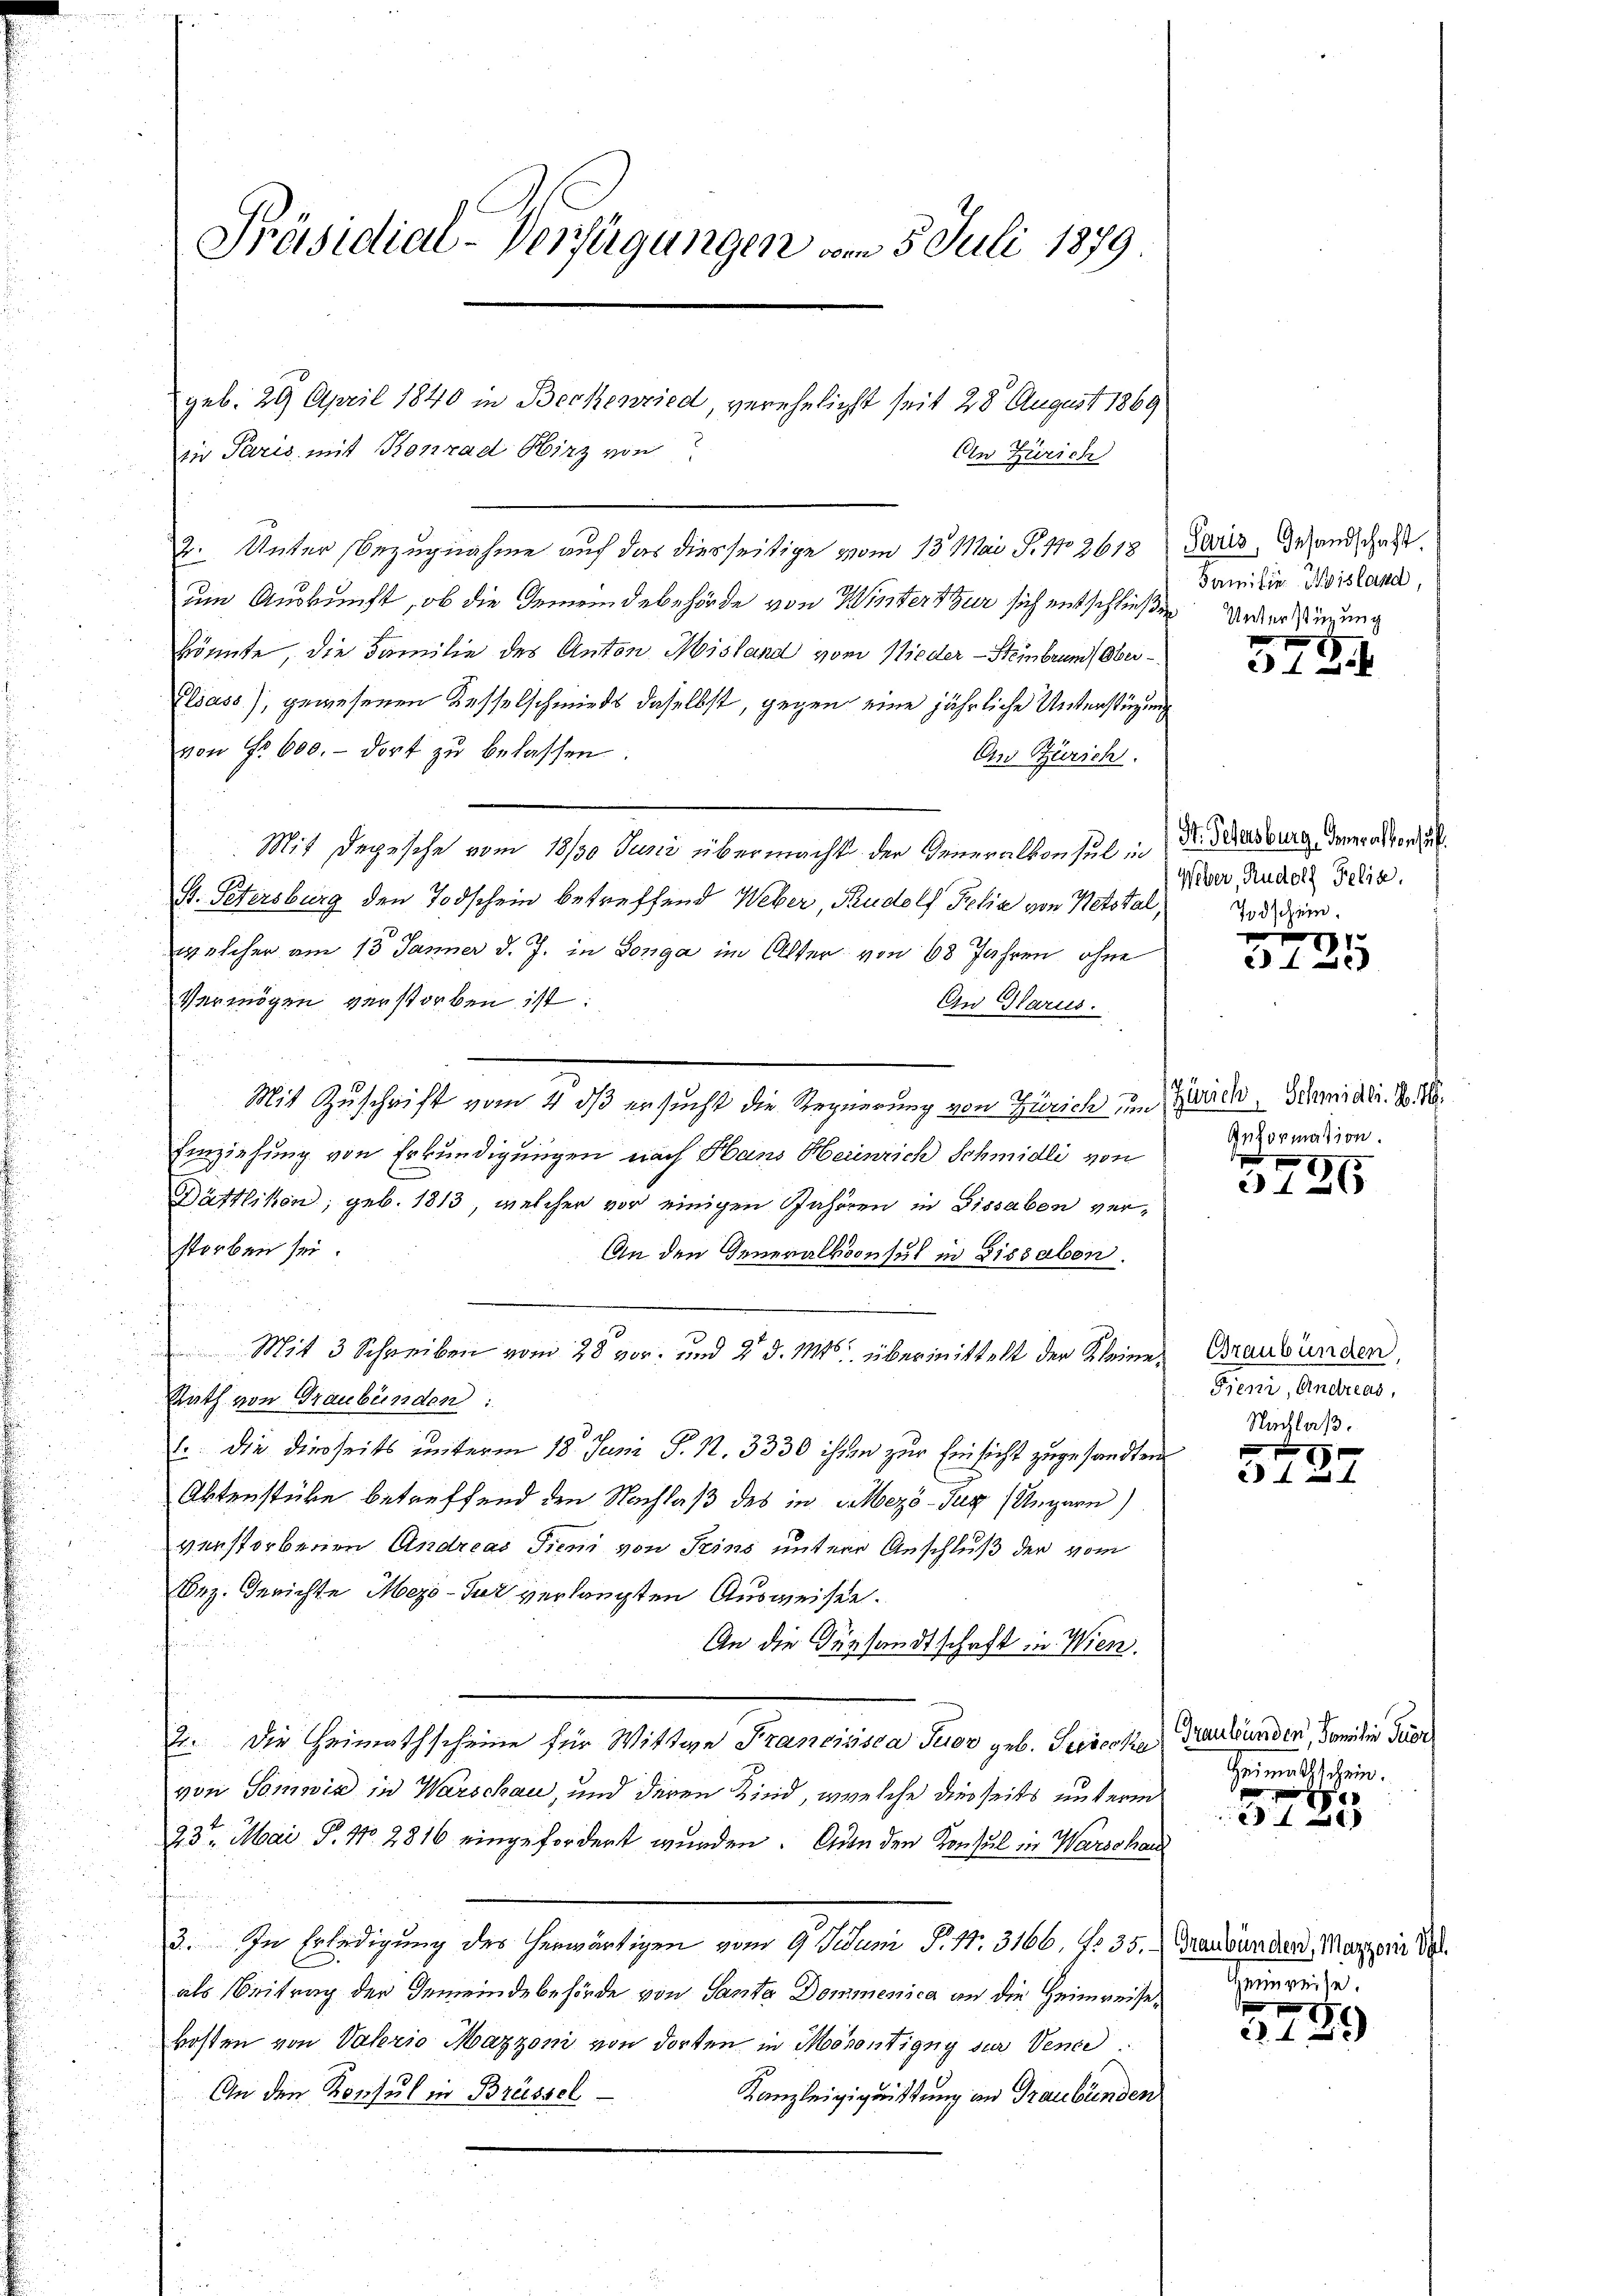
Präsidial-Verfügungen am 5. Juli 1879

An Zürich

geb. 29. April 1840 in Beckenried, verehelicht seit 28 August 1869
in Paris mit Konrad Wirz von
2. Unter Bezugnahme auf das diesseitige vom 13. Mai P. No 2618
um Auskunft, ob die Gemeindebehörde von Winterthur sich entschließen Anderung
könnte, die Familie des Anton Misland vom Nieder-Steinbrun Ober¬
Elsass), gewesenen Kesselschmieds daselbst, gegen eine jährliche Unterstüzung
von Fr. 600.- dort zŭ belassen.
On Zürich.
Mit Depesche vom 18/30 Juni übermacht der Generalkonsul in
St. Petersburg den Todschein betreffend Weber, Rudolf Felix von Netstal
welcher am 13 Jänner d. J. in Longa im Alter von 68 Jahren, ohne
Vermögen verstorben ist:
An Glarus.
Mit Zuschrift vom 4. ds ersucht die Regierung von Zürich in Zürich, Schmidli. S. 188
Einziehung von Erkundigungen nach Hans Heinrich Schmidli von
Bättlikon, geb. 1813, welcher vor einigen Anhören in Bissaben verstorben sei.
An den Generalkoonsul in Dissaben.
Mit 3 Schreiben vom 28 vor. und 2 d. Mts. übermittelt der Kleiner Graubünden,
Rath von Graubünden:
1. die diesseits unterm 18. Juni P. Nr. 3330 ihren zur Einsicht zugesandten
Aktenstücke betreffend den Nachlaß des in Mezö-Jury (Ungarn)
verstorbenen Andreas Tieni von Seins untere Anschluß der vom
Bez. Gerichte Mezo-Sur verlangten Ausweisen.
An die Versandtschaft in Wien.
2. Die Heimathscheine für Wittwe Franciasca Tuor geb. Tricoka, Graubünden, Familie For
von Somwie in Warschau, und deren Kind, welche diesseits unterm
23t Mai P. 11. 2816 eingefordert wurden. An den Konsul in Warschau
3. In Erledigung des herwärtigen vom 9. Juni d. 17. 3166. f. 35. Graubünden, Marzorni de
als Beitrag der Gemeindebehörde von Santa Dommenica an die Heimreisekosten von Vaterio Mazzoni von dorten in Merontigny zur Vened
An den Konsul in Brüssel
Kanzleigigristung an Graubünden

Paris, Gesandschaft.
Familie Kisland,

f
1

St. Gegensburg, Generalkonsul
Weber, Rudolf Felix
Todschein.

1
 I 2

Information.

97

Fieni, Andreas,
Nachlaß.

1
1

Heimathschein.

¬

1

1
x

Heimweise.